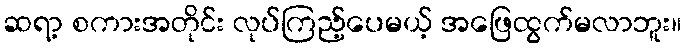
ဆရာ့ စကားအတိုင်း လုပ်ကြည့်ပေမယ့် အဖြေထွက်မလာဘူး။